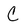
Character: C